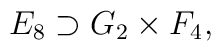
E_8 \supset G_2\times F_4,